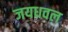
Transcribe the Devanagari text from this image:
जयधवल